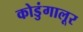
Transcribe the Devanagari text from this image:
कोडुंगालूर